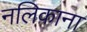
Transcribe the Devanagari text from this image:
नलिकाना